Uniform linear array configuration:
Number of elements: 12
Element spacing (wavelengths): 0.75
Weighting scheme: exponential
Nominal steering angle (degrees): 15
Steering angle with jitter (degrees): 13.096
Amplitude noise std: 0.05
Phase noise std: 0.05

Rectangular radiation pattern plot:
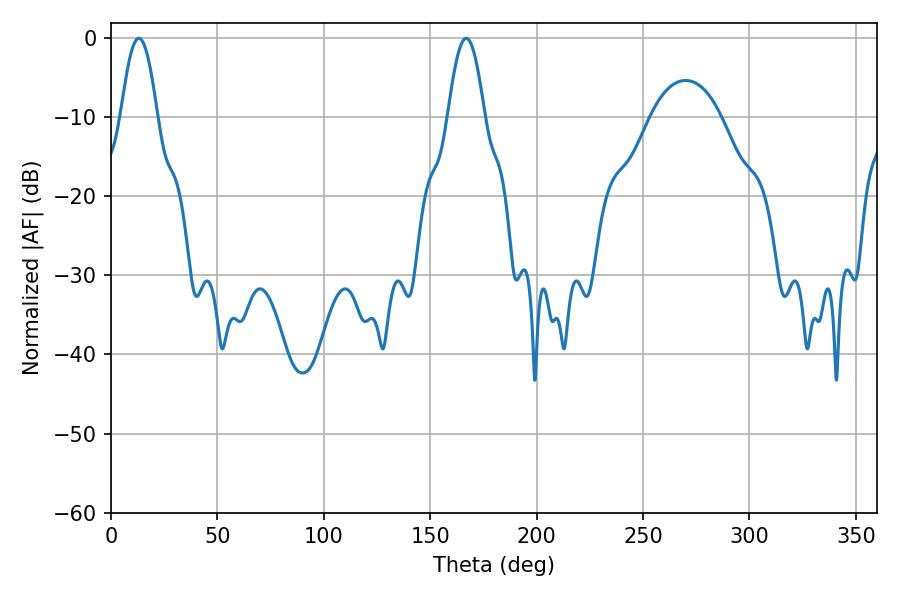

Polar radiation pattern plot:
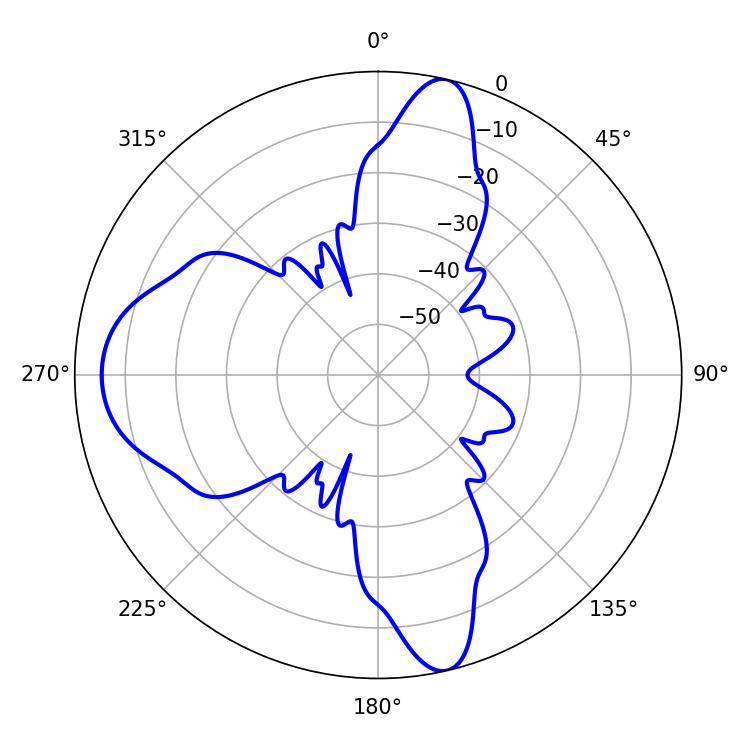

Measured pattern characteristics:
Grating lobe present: TRUE
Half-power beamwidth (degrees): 9.36
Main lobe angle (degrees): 13.14